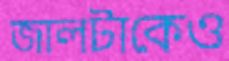
জালটাকেও